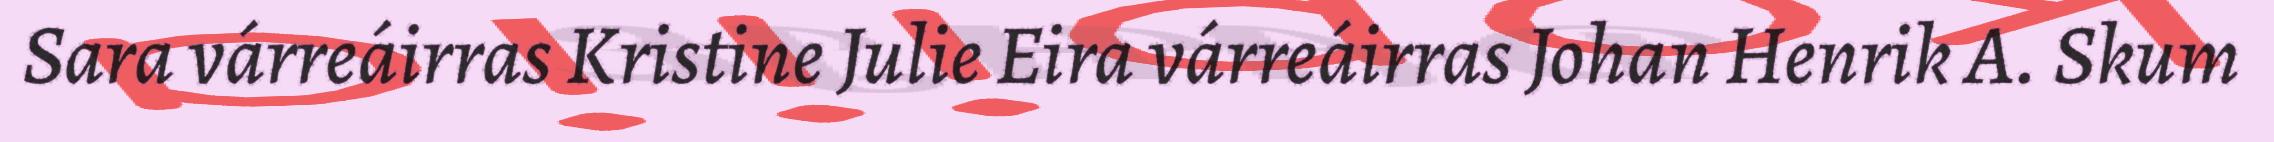
Sara várreáirras Kristine Julie Eira várreáirras Johan Henrik A. Skum